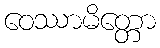
ဝေဿာမိတ္တော